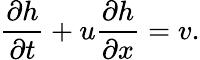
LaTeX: \frac{\partial h}{\partial t}+u\frac{\partial h}{\partial x}=v.